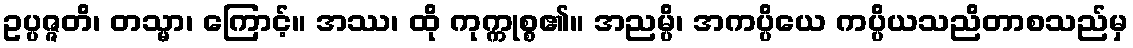
ဥပ္ပဇ္ဇတိ၊ တသ္မာ၊ ကြောင့်။ အဿ၊ ထို ကုက္ကုစ္စ၏။ အညမ္ပိ၊ အကပ္ပိယေ ကပ္ပိယသညိတာစသည်မှ